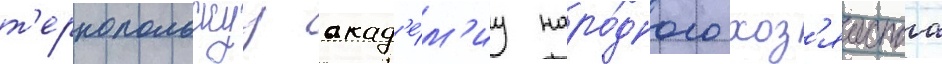
т'ернопольскуу акад'е́м'иу наро́дного хоз'яиства